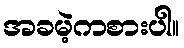
အခမဲ့ကစားပါ။